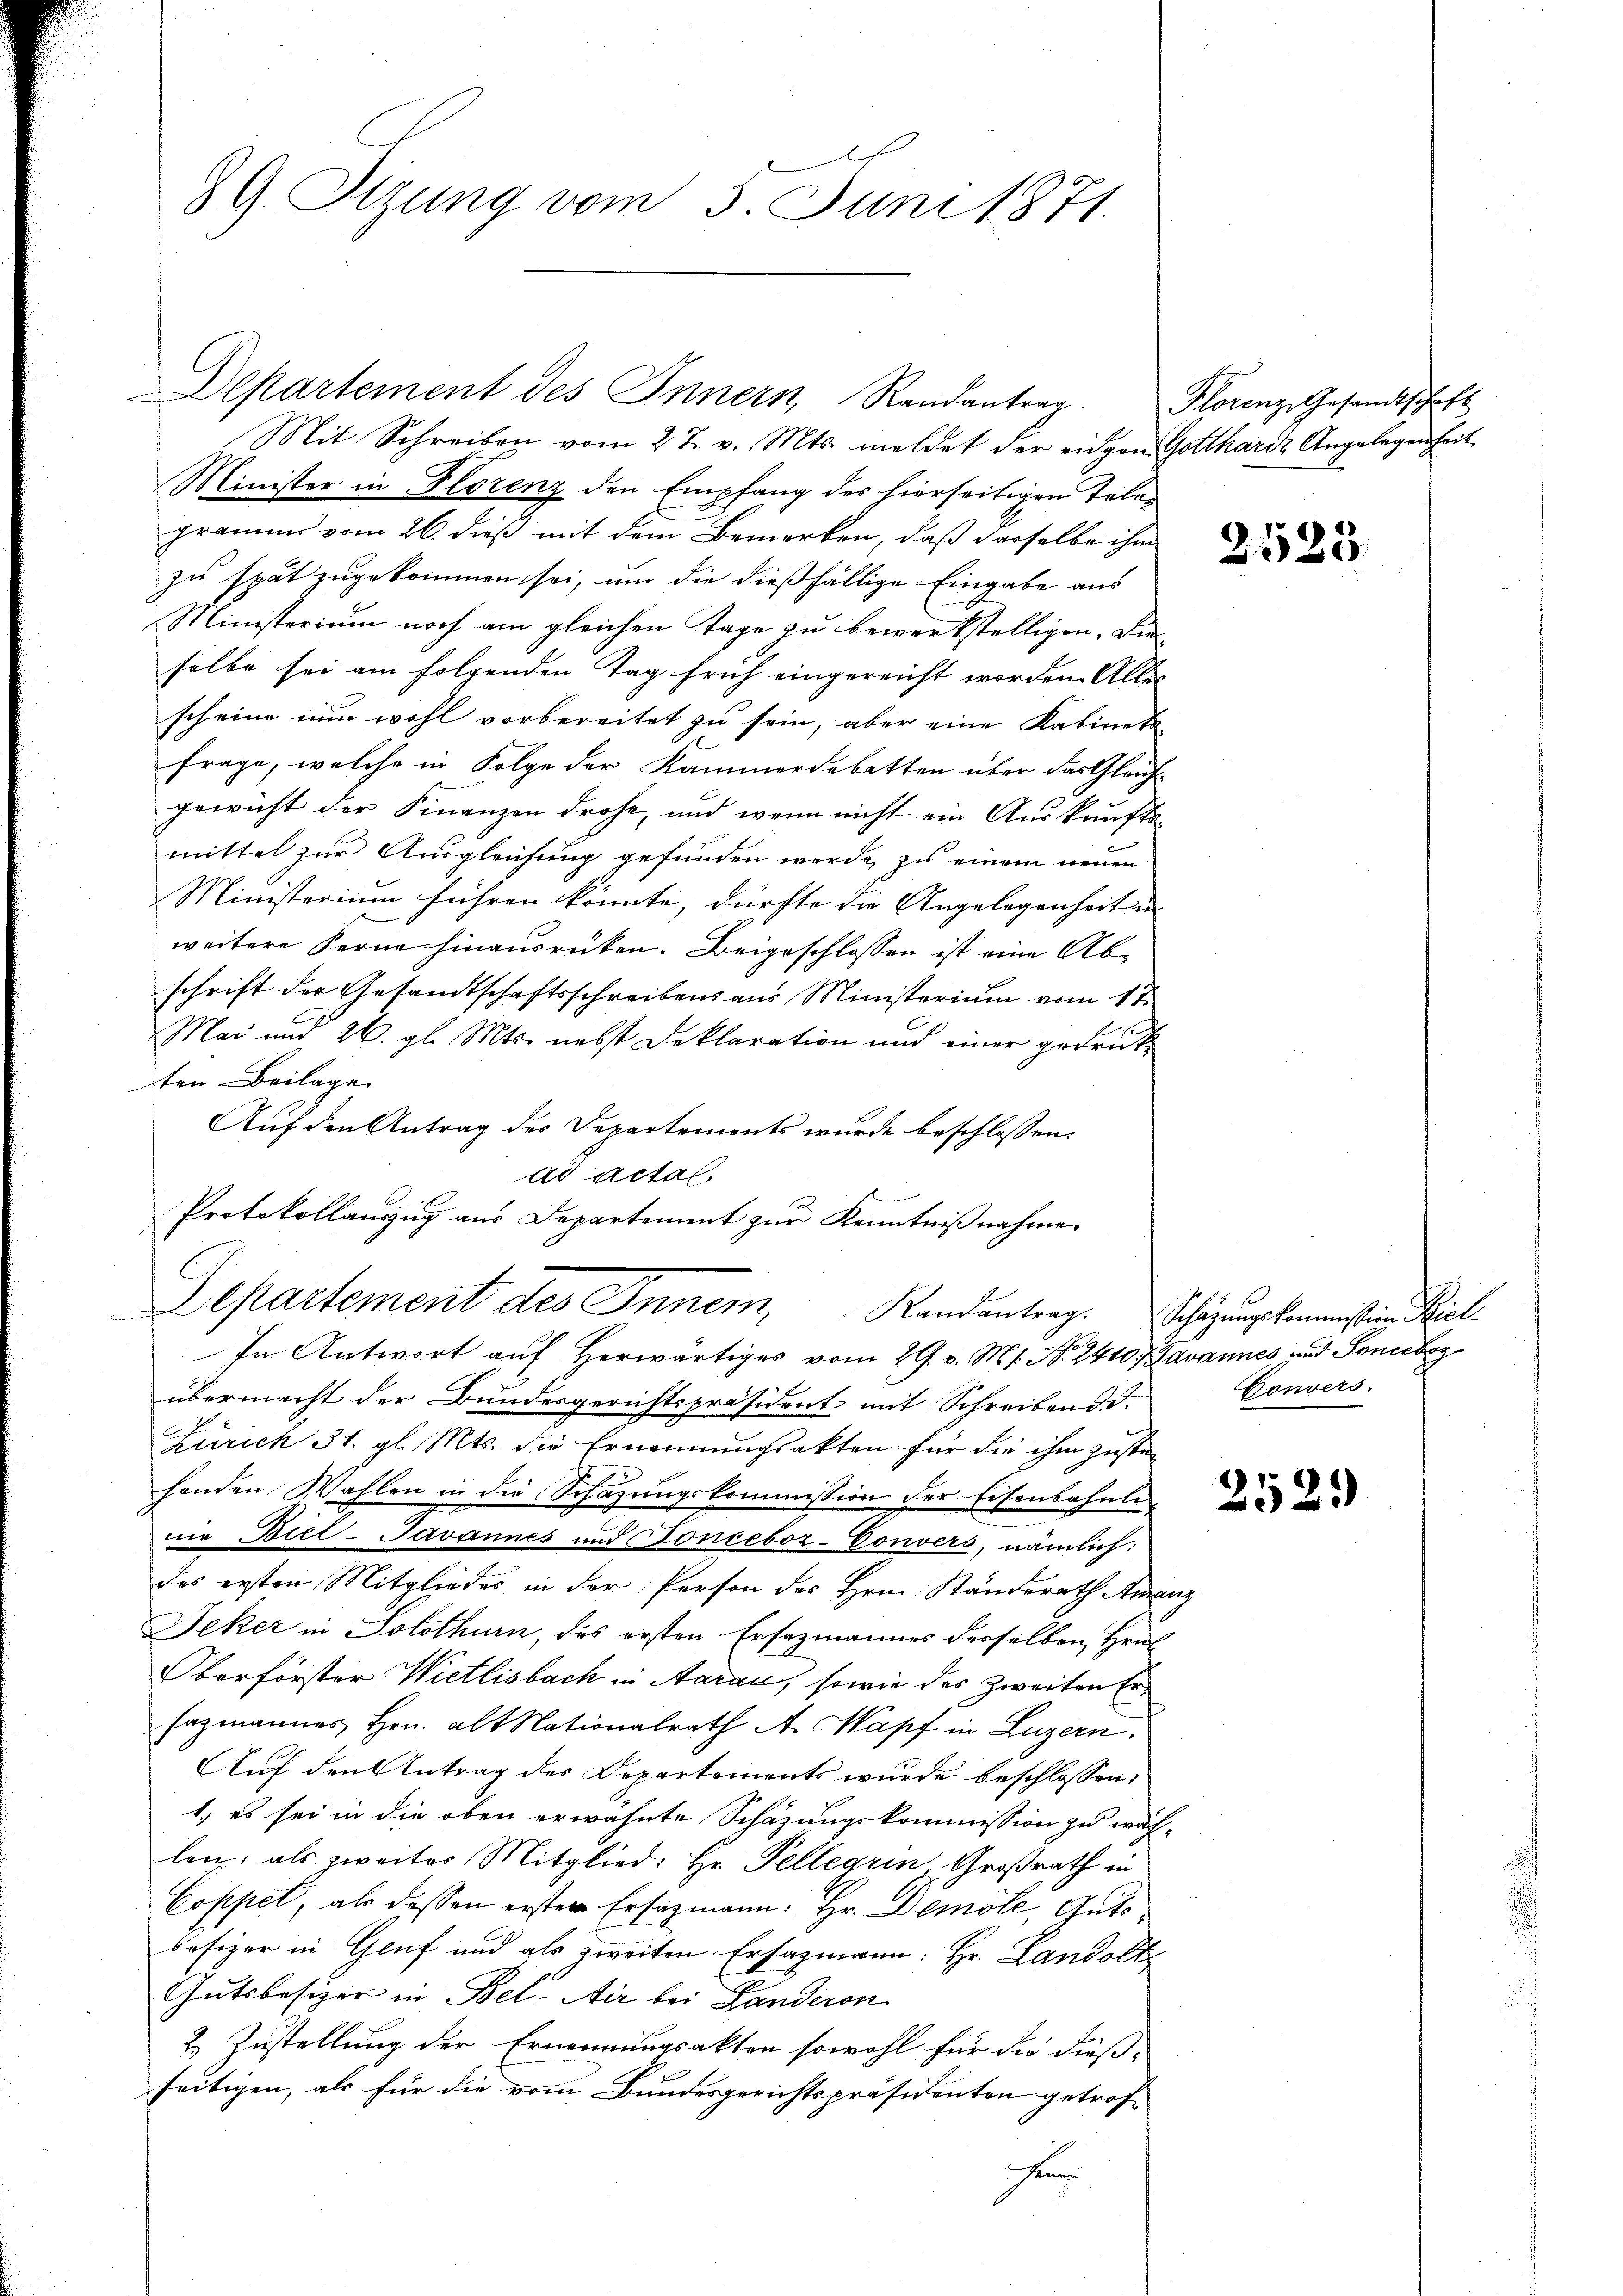
G. Sitzung vom 3. Juni 1871.

Mit Schreiben vom 27. v. Mts. meldet der eingen Gottharde Angelegenheit
Minister in Florenz den Empfang des hierseitigen Telogramms vom 26. dieß mit dem Bemerken, daß dasselbe ihm
zu spät zugekommen sei, um die dießfällige Eingabe aus
Ministerium noch am gleichen Tage zu bewerkstelligen. Die
selbe sei am folgenden Tag früh eingereicht worden. Alles
scheine nun wohl vorbereitet zu sein, aber eine Kabinets-
Frage, welche in Folge der Kammerdebatten über das Gleich-
gewicht der Finanzen drohe, und wenn nicht ein Auskaufte
mittel zur Ausgleichung gefunden werde zu einem neuen
Ministerium führen könnte, dürfte die Angelegenheiten |
weitere Ferne hinausrüken. Beigeschlossen ist eine Abschrift der Gesandtschaftsschreibens aus Ministerium vom 17.
Mai und 26. gl. Mts. nebst Deklaration und einer gedrückten Beilage
Auf den Antrag des Departements wurde beschlossen:
ad actal.
Protokollauszug aus Departement zur Kenntnißnahme
Departement des Innern, Randantrag. Schazungskommission Kiel.
In Antwort auf herwärtiges vom 29. v. M. 1. No. 2410. Javannes, und Soneebez
übermacht der Bundesgerichtspräsident mit Schreibend d.
Zürich 31. gl. Mts. die Ernennungsakten für die ihm zustehenden Wahlen in die Schazungskommission der Eisenbahnlidie Biel-Javannes und Fonceboz-Convers, nämlich:
des ersten Mitgliedes in der Person des Hrn. Ständerath Ananz
Deker in Solothurn, des ersten Ersazmannes desselben Hrus
Oberförster Wietlisbach in Aarau, sowie des Zweiten Er¬
Hagmannes Hrn. alt Nationalrath A. Kapf in Luzern.
Auf den Antrag des Departements wurde beschlossen:
1.) es sei in die oben erwähnte Schazungskommission zu wählen; als zweiter Mitglied: Hr. Pellerin, Großrath in
Coppet, als dessen erster Ersatzmann: Hr. Demole, Guts
besizer in Genf und als zweiten Ersazmann: Hr. Landolte
Gutsbesizer in Bel-Air bei Landeron
2 Zustellung der Ernennungsakten sowohl für die diess-
seitigen, als für die vom Bundesgerichtspräsidenten getrof¬
Herr

Departement des Innern Randantrag.

Florenz, Gesandtschaft

31525.

Convers.

2529